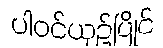
ပါဝင်ယှဉ်ပြိုင်